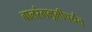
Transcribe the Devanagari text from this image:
बालरंगभूमीपर्यंत